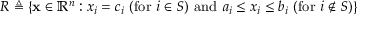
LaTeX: R \triangleq \left\{ \mathbf { x } \in \mathbb { R } ^ { n } : x _ { i } = c _ { i } \ ( { \mathrm { f o r ~ } } i \in S ) { \mathrm { ~ a n d ~ } } a _ { i } \leq x _ { i } \leq b _ { i } \ ( { \mathrm { f o r ~ } } i \notin S ) \right\}